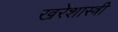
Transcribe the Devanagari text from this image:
खरेशास्त्री